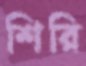
শিরি